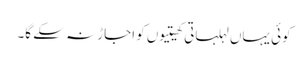
کوئی یہاں لہلہاتی کھیتیوں کو اجاڑ نہ سکے گا۔